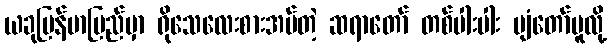
ယခုမြန်မာပြည်မှာ ရိုသေလေးစားအပ်တဲ့ ဆရာတော် တစ်ပါးပါး ပျံတော်မူလို့